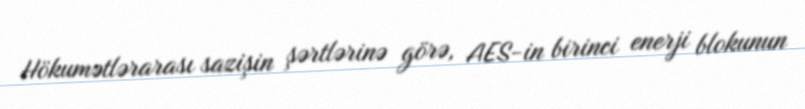
Hökumətlərarası sazişin şərtlərinə görə, AES-in birinci enerji blokunun